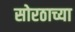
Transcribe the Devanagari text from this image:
सोरठाच्या